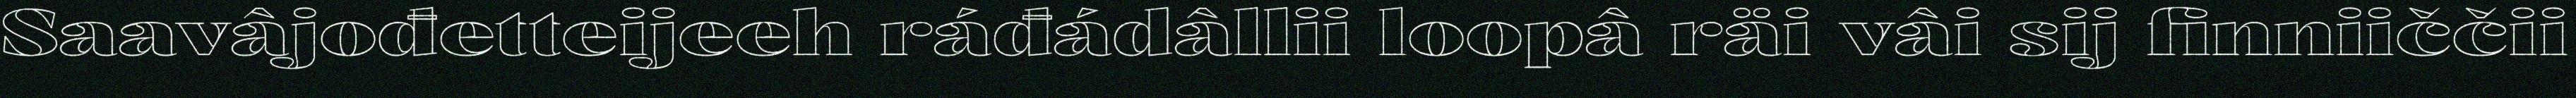
Saavâjođetteijeeh ráđádâllii loopâ räi vâi sij finniiččii